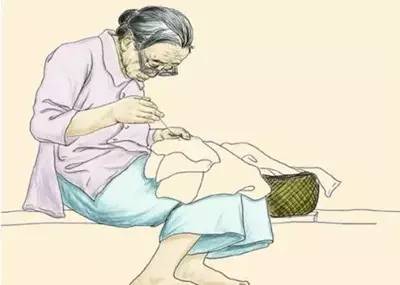
慈母手中线，游子身上衣。